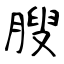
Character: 膄